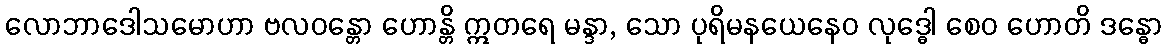
လောဘာဒေါသမောဟာ ဗလဝန္တော ဟောန္တိ ဣတရေ မန္ဒာ, သော ပုရိမနယေနေဝ လုဒ္ဓေါ စေဝ ဟောတိ ဒန္ဓော